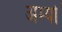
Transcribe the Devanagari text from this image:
अम्यो